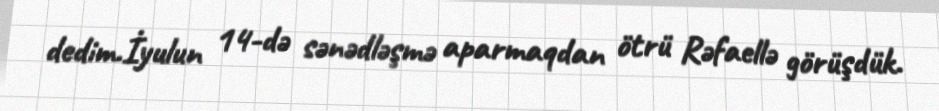
dedim.İyulun 14-də sənədləşmə aparmaqdan ötrü Rəfaellə görüşdük.